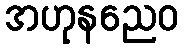
အဟုနညေဝ